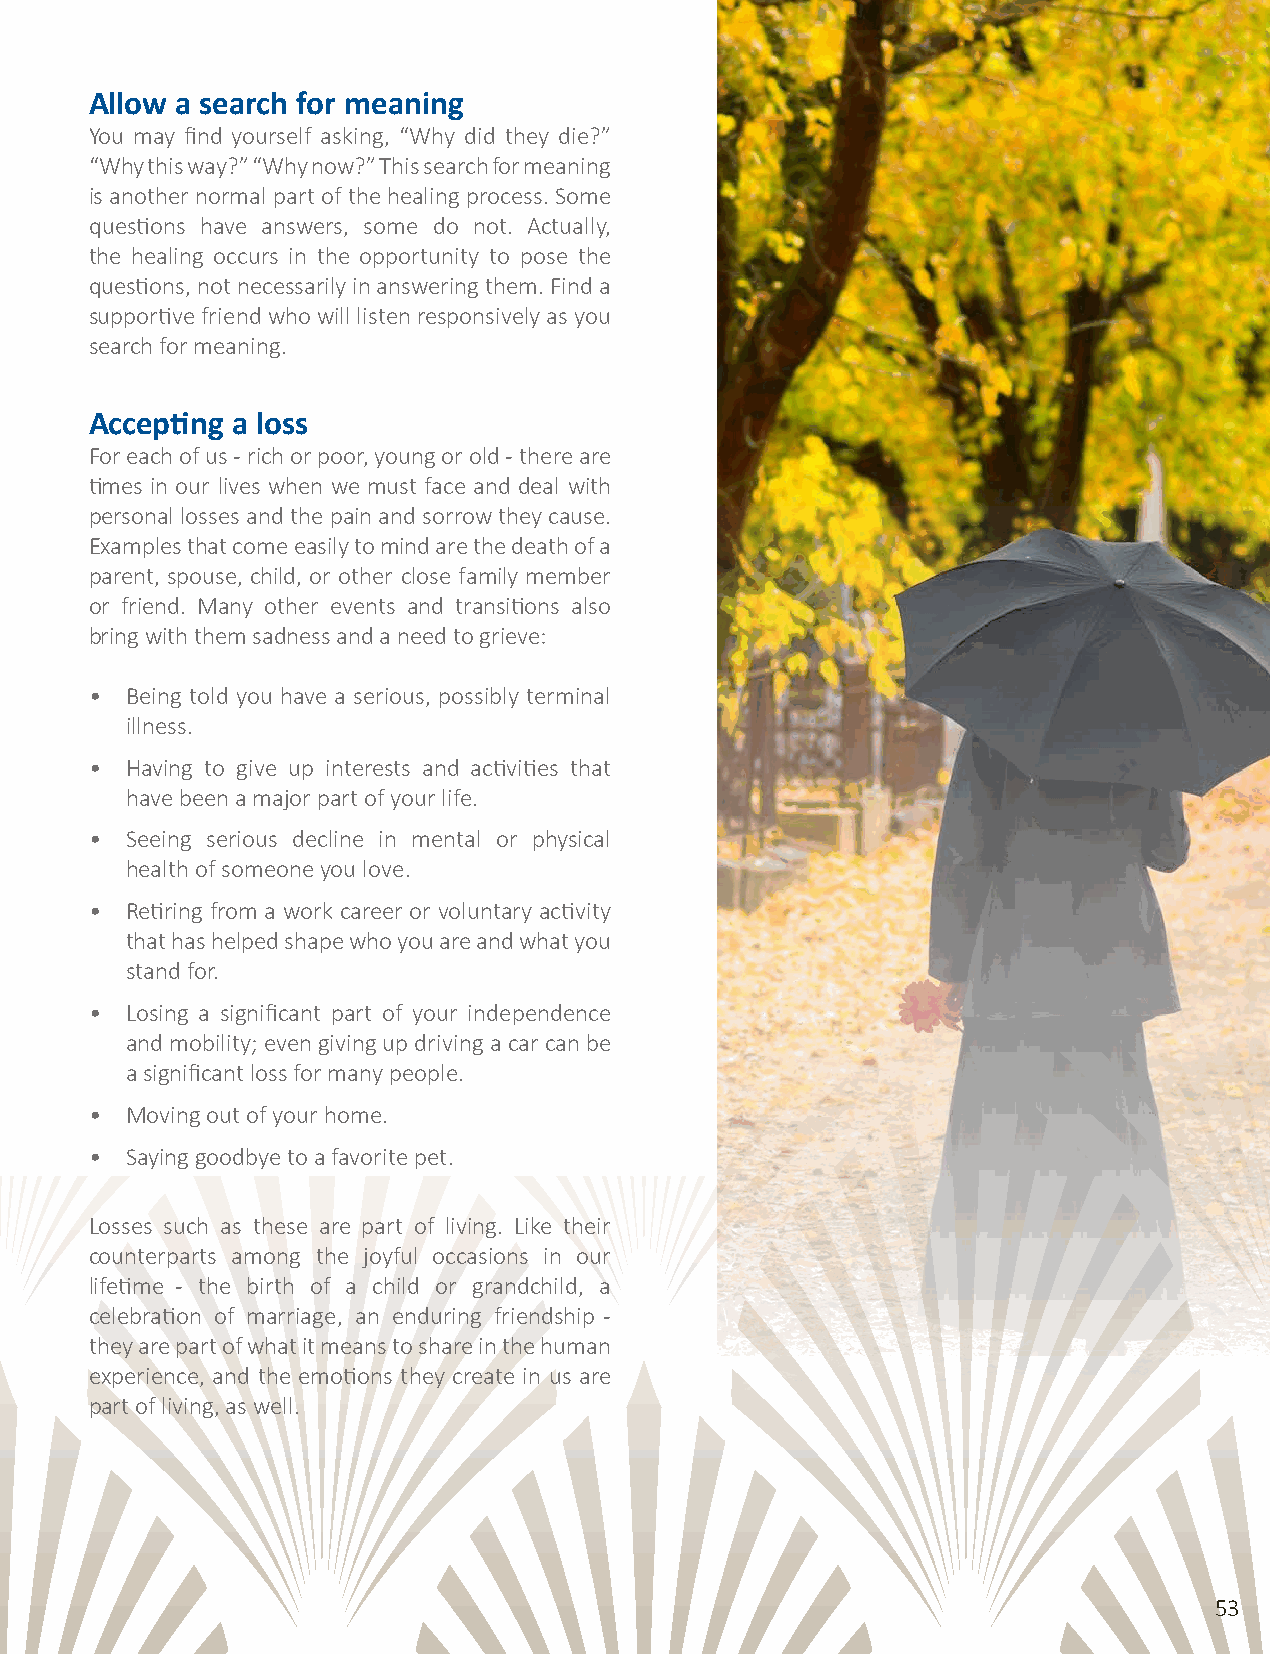
Allow a search for meaning
 You may find yourself asking, “Why did they die?”
 “Why this way?” “Why now?” This search for meaning
 is another normal part of the healing process. Some
 questions have answers, some do not. Actually,
 the healing occurs in the opportunity to pose the
 questions, not necessarily in answering them. Find a
 supportive friend who will listen responsively as you
 search for meaning.
 Accepting a loss
 For each of us - rich or poor, young or old - there are
 times in our lives when we must face and deal with
 personal losses and the pain and sorrow they cause.
 Examples that come easily to mind are the death of a
 parent, spouse, child, or other close family member
 or friend. Many other events and transitions also
 bring with them sadness and a need to grieve:
 • Being told you have a serious, possibly terminal
 illness.
 • Having to give up interests and activities that
 have been a major part of your life.
 • Seeing serious decline in mental or physical
 health of someone you love.
 Exceptional Home Care
 • Retiring from a work career or voluntary activity
 that has helped shape who you are and what you
 stand for.
 We go wherever and whenever a patient needs one-on-one care.
 • Losing a significant part of your independence
 and mobility; even giving up driving a car can be
 At Sevens Home Care we primarily offer services At Sevens Home Care, you’re in charge. You tell us a significant loss for many people.
 in the individual’s private residence; however, what in home services you need, and we facilitate. • Moving out of your home.
 services are also available in assisted living, Since we are local and owner-operated, you get • Saying goodbye to a favorite pet.
 rehabilitation centers, skilled nursing facilities, the benefit of personal attention, flexibility and
 Losses such as these are part of living. Like their
 hospices and hospitals. We go wherever and exceptional responsiveness. We can arrange
 counterparts among the joyful occasions in our
 whenever a patient needs elderly home care services on a regular schedule, weekly, monthly or lifetime - the birth of a child or grandchild, a
 celebration of marriage, an enduring friendship -
 services. for one time respite care. You decide based on
 they are part of what it means to share in the human
 your needs, we are here to serve you. experience, and the emotions they create in us are
 part of living, as well.
 TAKING THE FIRST STEP. CALL 303-470-1921
 3773 Cherry Creek North Drive, Suite 575 Denver, CO 80209
 Email: info@sevenshomecare.com
 53